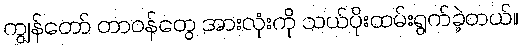
ကျွန်တော် တာဝန်တွေ အားလုံးကို သယ်ပိုးထမ်းရွက်ခဲ့တယ်။